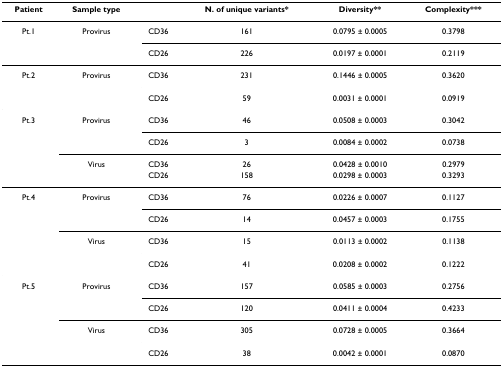
<table><thead><tr><td><b>Patient</b></td><td><b>Sample type</b></td><td></td><td><b>N. of unique variants*</b></td><td><b>Diversity**</b></td><td><b>Complexity***</b></td></tr></thead><tbody><tr><td>Pt.1</td><td>Provirus</td><td>CD36</td><td>161</td><td>0.0795 ± 0.0005</td><td>0.3798</td></tr><tr><td></td><td></td><td>CD26</td><td>226</td><td>0.0197 ± 0.0001</td><td>0.2119</td></tr><tr><td>Pt.2</td><td>Provirus</td><td>CD36</td><td>231</td><td>0.1446 ± 0.0005</td><td>0.3620</td></tr><tr><td></td><td></td><td>CD26</td><td>59</td><td>0.0031 ± 0.0001</td><td>0.0919</td></tr><tr><td>Pt.3</td><td>Provirus</td><td>CD36</td><td>46</td><td>0.0508 ± 0.0003</td><td>0.3042</td></tr><tr><td></td><td></td><td>CD26</td><td>3</td><td>0.0084 ± 0.0002</td><td>0.0738</td></tr><tr><td></td><td>Virus</td><td>CD36</td><td>26</td><td>0.0428 ± 0.0010</td><td>0.2979</td></tr><tr><td></td><td></td><td>CD26</td><td>158</td><td>0.0298 ± 0.0003</td><td>0.3293</td></tr><tr><td>Pt.4</td><td>Provirus</td><td>CD36</td><td>76</td><td>0.0226 ± 0.0007</td><td>0.1127</td></tr><tr><td></td><td></td><td>CD26</td><td>14</td><td>0.0457 ± 0.0003</td><td>0.1755</td></tr><tr><td></td><td>Virus</td><td>CD36</td><td>15</td><td>0.0113 ± 0.0002</td><td>0.1138</td></tr><tr><td></td><td></td><td>CD26</td><td>41</td><td>0.0208 ± 0.0002</td><td>0.1222</td></tr><tr><td>Pt.5</td><td>Provirus</td><td>CD36</td><td>157</td><td>0.0585 ± 0.0003</td><td>0.2756</td></tr><tr><td></td><td></td><td>CD26</td><td>120</td><td>0.0411 ± 0.0004</td><td>0.4233</td></tr><tr><td></td><td>Virus</td><td>CD36</td><td>305</td><td>0.0728 ± 0.0005</td><td>0.3664</td></tr><tr><td></td><td></td><td>CD26</td><td>38</td><td>0.0042 ± 0.0001</td><td>0.0870</td></tr></tbody></table>